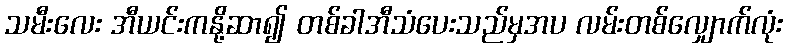
သမီးလေး အီယင်းကနို့ဆာ၍ တစ်ခါအီသံပေးသည်မှအပ လမ်းတစ်လျှောက်လုံး